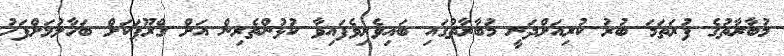
މުބާރާތުގެ ފުރަތަމަ ބުރު ކުރިއަށްދަނީ މުބާރާތުގައި ބައިވެރިވެފައިވާ ކުޅުންތެރިން އަށް ގްރޫޕަކަށް ބަހާލުމަށްފަހު